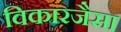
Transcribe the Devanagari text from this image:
विकारजैसा